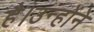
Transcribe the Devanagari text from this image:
है।उन्होंने